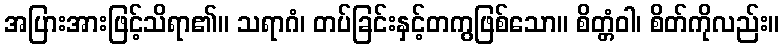
အပြားအားဖြင့်သိရာ၏။ သရာဂံ၊ တပ်ခြင်းနှင့်တကွဖြစ်သော။ စိတ္တံဝါ၊ စိတ်ကိုလည်း။